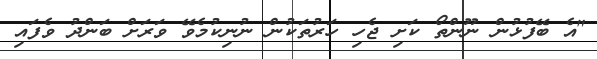
"އެ ބޭފުޅުން ނޫންތޯ ކަށި ޖެހި ހަރުތަކުން ނުނިކުމެވޭ ވަރަށް ބަންދު ވެފައި